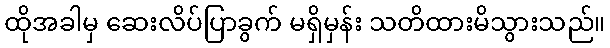
ထိုအခါမှ ဆေးလိပ်ပြာခွက် မရှိမှန်း သတိထားမိသွားသည်။